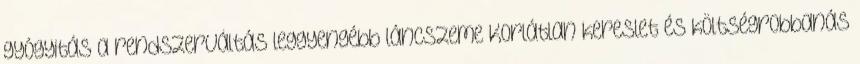
gyógyitás a rendszerváltás leggyengébb láncszeme Korlátlan kereslet és költségrobbanás